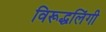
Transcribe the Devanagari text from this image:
विरूद्धलिंगी